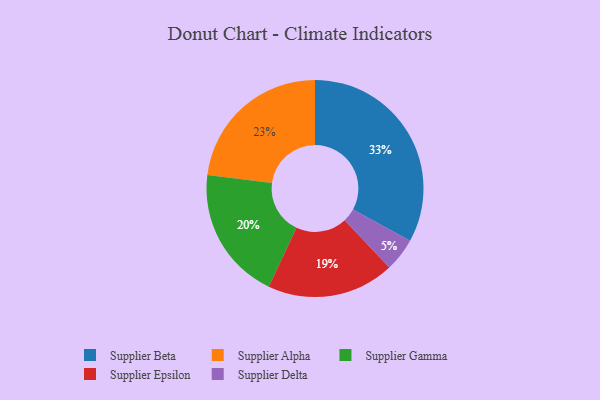
{"axis": {"x": "Category", "y": "Percentage"}, "legend": ["Supplier Alpha", "Supplier Beta", "Supplier Delta", "Supplier Epsilon", "Supplier Gamma"], "data": [{"x": "Supplier Gamma", "y": 20, "type": "Supplier Gamma"}, {"x": "Supplier Epsilon", "y": 19, "type": "Supplier Epsilon"}, {"x": "Supplier Beta", "y": 33, "type": "Supplier Beta"}, {"x": "Supplier Alpha", "y": 23, "type": "Supplier Alpha"}, {"x": "Supplier Delta", "y": 5, "type": "Supplier Delta"}]}